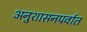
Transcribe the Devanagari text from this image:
अनुशासनपर्वात